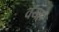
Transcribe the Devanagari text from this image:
वयह